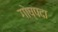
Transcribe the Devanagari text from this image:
गोष्पदा